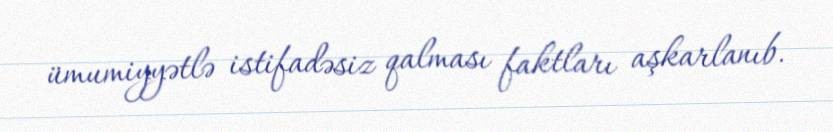
ümumiyyətlə istifadəsiz qalması faktları aşkarlanıb.